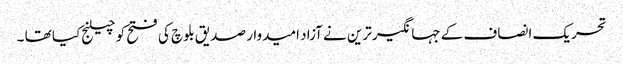
تحریک انصاف کے جہانگیر ترین نے آزاد امیدوار صدیق بلوچ کی فتح کو چیلنج کیا تھا ۔